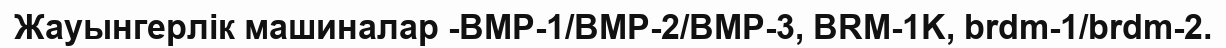
Жауынгерлік машиналар -BMP-1/BMP-2/BMP-3, BRM-1K, brdm-1/brdm-2.